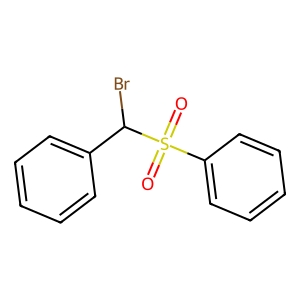
SMILES: O=S(=O)(c1ccccc1)C(Br)c1ccccc1
Inhibits HIV replication: No